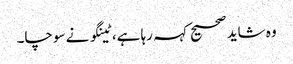
وہ شاید صحیح کہہ رہا ہے، ٹینگو نے سوچا۔